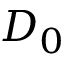
D _ { 0 }